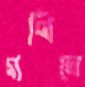
গণিতে